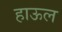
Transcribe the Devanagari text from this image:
हाऊल